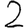
Digit: 2